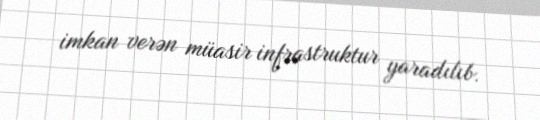
imkan verən müasir infrastruktur yaradılıb.